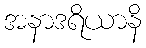
အနာဒရိယာနိ